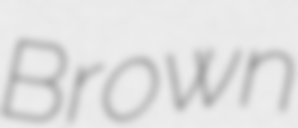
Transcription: Brown